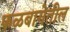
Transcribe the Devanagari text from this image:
फळबागेतील